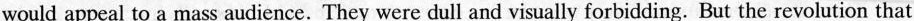
would appeal to a mass audience. They were dull and visually forbidding. But the revolution that